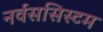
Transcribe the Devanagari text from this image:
नर्वससिस्टम